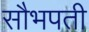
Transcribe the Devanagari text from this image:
सौभपती